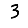
Digit: 3